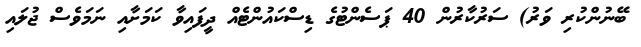
ބޭނުންކުރި ވަރު) ސަރުކާރުން 40 ޕަސެންޓުގެ ޑިސްކައުންޓެއް ދީފައިވާ ކަމަށާއި ނަމަވެސް ޖުލައި